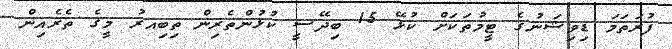
ފުރަތަމަ ޑިވިޝަނުގެ ޓީމުތަކަށް ކުޅޭ 15 ބިދޭސީ ކުޅުންތެރިން ތިބިއރު މީގެ ތެރެއިން